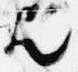
歟